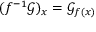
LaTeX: ( f ^ { - 1 } { \mathcal { G } } ) _ { x } = { \mathcal { G } } _ { f ( x ) }